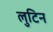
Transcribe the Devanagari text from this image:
लुटिन